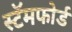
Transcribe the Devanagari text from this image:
स्टॅमफोर्ड